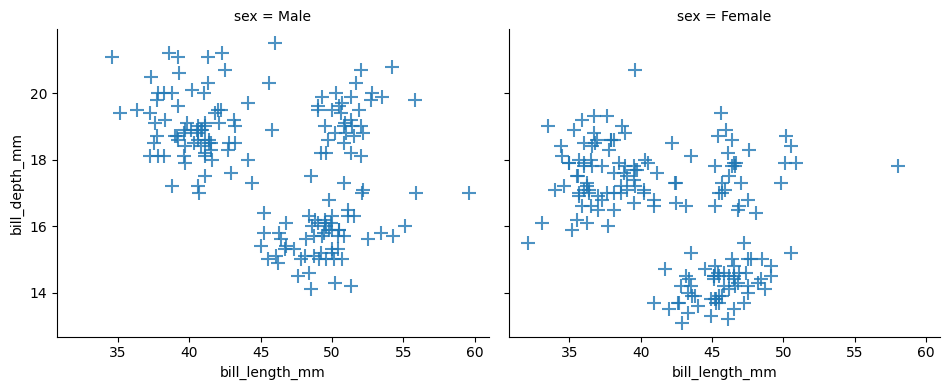
python, seaborn, lmplot, aspect=1.2, order=1, markers='+'